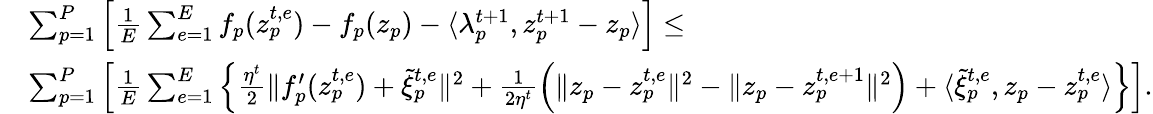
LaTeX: \begin{array}{rl}&{\sum_{p=1}^{P}\Big[\frac{1}{E}\sum_{e=1}^{E}f_{p}(z_{p}^{t,e})-f_{p}(z_{p})-\langle\lambda_{p}^{t+1},z_{p}^{t+1}-z_{p}\rangle\Big]\leq}\\ &{\sum_{p=1}^{P}\Big[\frac{1}{E}\sum_{e=1}^{E}\Big\{ \frac{\eta^{t}}{2}\| f_{p}^{\prime}(z_{p}^{t,e})+\tilde{\xi}_{p}^{t,e}\| ^{2}+\frac{1}{2\eta^{t}}\Big(\| z_{p}-z_{p}^{t,e}\| ^{2}-\| z_{p}-z_{p}^{t,e+1}\| ^{2}\Big)+\langle\tilde{\xi}_{p}^{t,e},z_{p}-z_{p}^{t,e}\rangle\Big\} \Big].}\end{array}